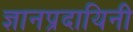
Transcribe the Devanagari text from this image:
ज्ञानप्रदायिनी